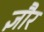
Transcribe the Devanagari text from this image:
ज्ञौर